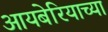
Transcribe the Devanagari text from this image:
आयबेरियाच्या